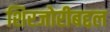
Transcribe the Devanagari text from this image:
शिरजोरीबद्दल